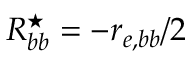
R _ { b b } ^ { \star } = - r _ { e , b b } / 2